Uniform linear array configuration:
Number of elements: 32
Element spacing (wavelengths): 1
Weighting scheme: binomial
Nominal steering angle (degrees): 60
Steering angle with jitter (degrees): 58.864
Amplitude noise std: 0.05
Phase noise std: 0.05

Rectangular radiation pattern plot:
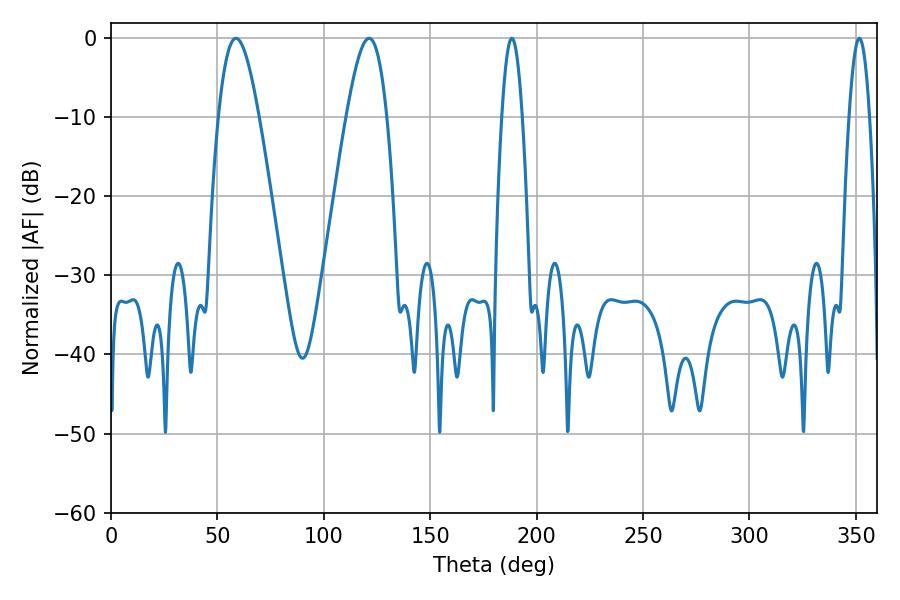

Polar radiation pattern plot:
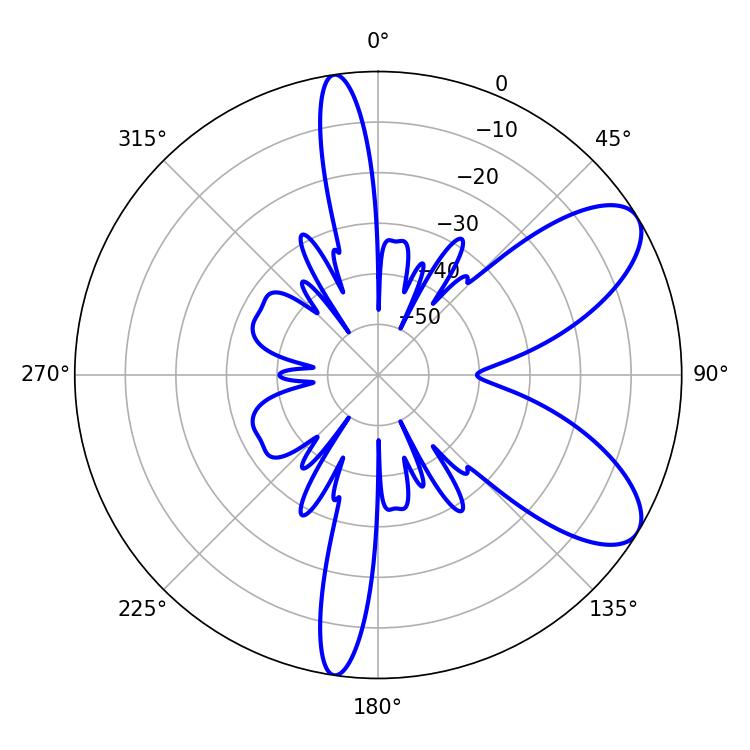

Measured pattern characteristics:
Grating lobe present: TRUE
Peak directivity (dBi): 8.159
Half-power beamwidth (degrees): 10.26
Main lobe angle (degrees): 58.68